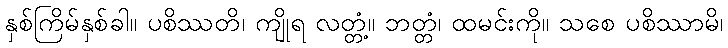
နှစ်ကြိမ်နှစ်ခါ။ ပစိဿတိ၊ ကျိုရ လတ္တံ့။ ဘတ္တံ၊ ထမင်းကို။ သစေ ပစိဿာမိ၊